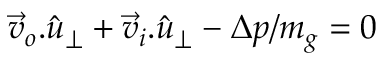
\vec { v } _ { o } . \hat { u } _ { \perp } + \vec { v } _ { i } . \hat { u } _ { \perp } - \Delta p / m _ { g } = 0